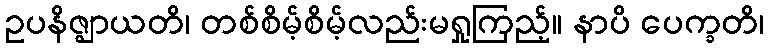
ဥပနိဇ္ဈာယတိ၊ တစ်စိမ့်စိမ့်လည်းမရှုကြည့်။ နာပိ ပေက္ခတိ၊